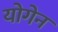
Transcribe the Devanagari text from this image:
योगेन